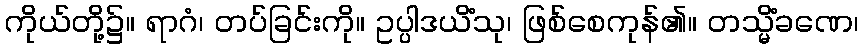
ကိုယ်တို့၌။ ရာဂံ၊ တပ်ခြင်းကို။ ဥပ္ပါဒယိံသု၊ ဖြစ်စေကုန်၏။ တသ္မိံခဏေ၊